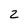
Character: 2